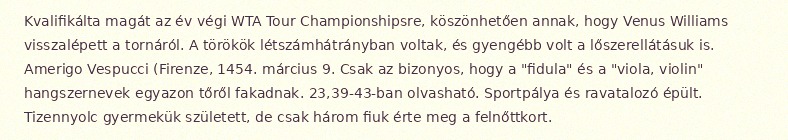
Kvalifikálta magát az év végi WTA Tour Championshipsre, köszönhetően annak, hogy Venus Williams visszalépett a tornáról. A törökök létszámhátrányban voltak, és gyengébb volt a lőszerellátásuk is. Amerigo Vespucci (Firenze, 1454. március 9. Csak az bizonyos, hogy a "fidula" és a "viola, violin" hangszernevek egyazon tőről fakadnak. 23,39-43-ban olvasható. Sportpálya és ravatalozó épült. Tizennyolc gyermekük született, de csak három fiuk érte meg a felnőttkort.